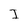
Character: I